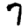
Digit: 7